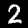
Digit: 2